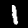
Digit: 1